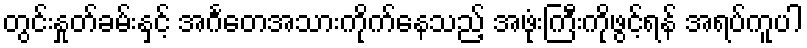
တွင်းနှုတ်ခမ်းနှင့် အင်္ဂတေအသားကိုက်နေသည့် အဖုံးကြီးကိုဖွင့်ရန် အရပ်ကူပါ